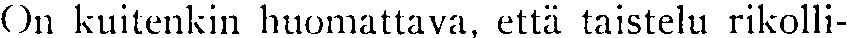
On kuitenkin huomattava, että taistelu rikolli-